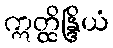
ဣတ္ထိန္ဒြိယံ